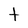
Character: t